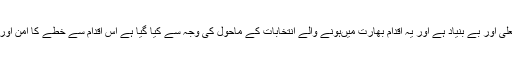
اجلاس کے شرکاء نے کہاکہ انڈیا کا دعویٰ جعلی اور بے بنیاد ہے اور یہ اقدام بھارت میں‌ہونے والے انتخابات کے ماحول کی وجہ سے کیا گیا ہے اس اقدام سے خطے کا امن اور سلامتی کو شدید خطرے میں ڈال دیا گیا ہے ۔